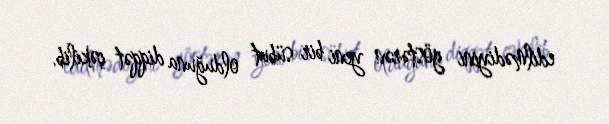
edilmədiyini göstərən yeni bir sübut olduğuna diqqət çəkilib.